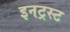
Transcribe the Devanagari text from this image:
इनट्रस्ट